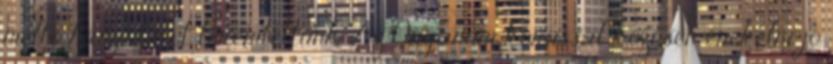
méltó hangulatot teremtettünk. Az Organum kórussal közösen énekelni jó